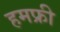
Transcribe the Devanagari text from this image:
हमफ्री